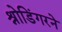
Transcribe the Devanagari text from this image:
श्रोडिंगरने